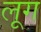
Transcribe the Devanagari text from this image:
लूग